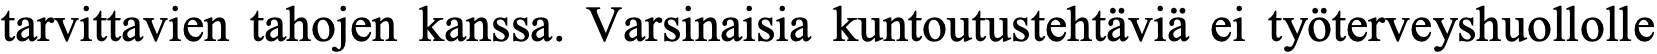
tarvittavien tahojen kanssa. Varsinaisia kuntoutustehtäviä ei työterveyshuollolle